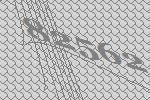
82562